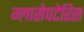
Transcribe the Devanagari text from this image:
ग्लासेपटेरिस